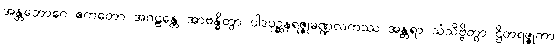
အန္တဘောဂေ ဧကတော အဂဠန္တေ အာဗန္ဓိတွာ ပါဒပုဉ္ဆနရဇ္ဇုမဏ္ဍလကဿ အန္တရာ သံသိဗ္ဗိတွာ ဌိတရဇ္ဇုကာ